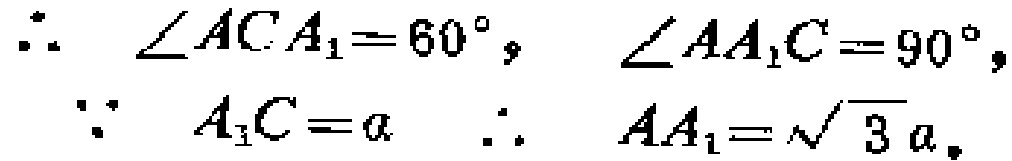
\(\therefore \angle ACA_{1}=60^{\circ}, \angle AA_{1}C = 90^{\circ}, \\
\because A_{1}C = a \ \therefore AA_{1}=\sqrt{3}a,\)